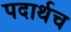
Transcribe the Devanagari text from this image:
पदार्थच